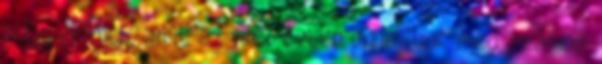
a figyelmet, amit az idei évben ünneplünk meg számos